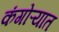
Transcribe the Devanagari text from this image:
कंगोऱ्यात